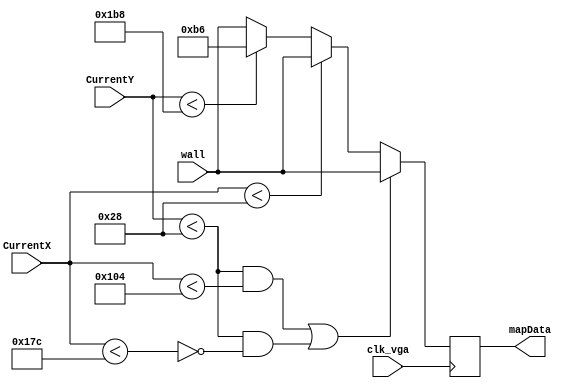
module HallwayLeft(clk_vga, CurrentX, CurrentY, mapData, wall);

	input clk_vga;
	input [9:0]CurrentX;
	input [8:0]CurrentY;
	input [7:0]wall;
	
	output [7:0]mapData;
	
	reg [7:0]mColor;
	
	always @(posedge clk_vga) begin

		//Top wall with door
		if(((CurrentY < 40) && (CurrentX < 260)) || ((CurrentY < 40) && ~(CurrentX < 380))) begin
			mColor[7:0] <= wall;
		end
		//left wall
		else if(CurrentX < 40)
			mColor[7:0] <= wall;
		//Bottom wall
		else if(~(CurrentY < 440)) begin
			mColor[7:0] <= wall;
		//Floor area
		end else
			mColor[7:0] <= 8'b10110110;	
		end
	
	
	assign mapData = mColor;


endmodule